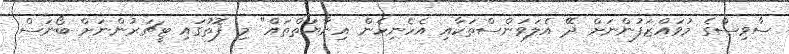
ސާވިސްގެ މުވައްޒަފުންނަށް ދޭ އެލަވަންސްތަކާއި އެހެނިހެން އިނާޔަތްތައް" މި ފޮތުގައި ޓީޗަރުންނަށް ބޯނަސް